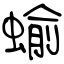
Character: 蝓